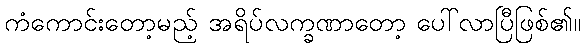
ကံကောင်းတော့မည့် အရိပ်လက္ခဏာတော့ ပေါ်လာပြီဖြစ်၏။